Problem: 3 × 7 = ?
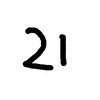
Handwritten answer: 21